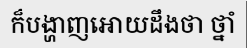
ក៏បង្ហាញអោយដឹងថា ថ្នាំ